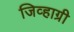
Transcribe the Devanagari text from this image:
जिव्हाग्री